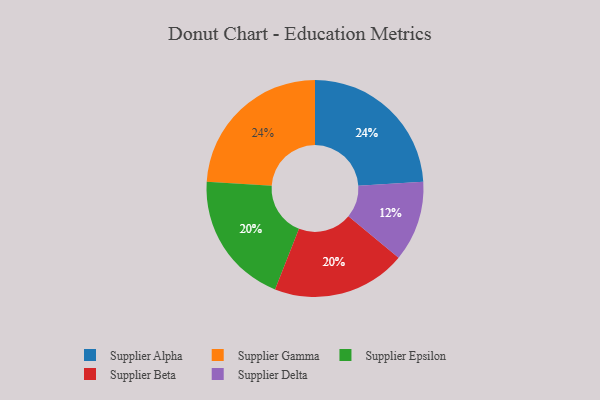
{"axis": {"x": "Category", "y": "Percentage"}, "legend": ["Supplier Alpha", "Supplier Beta", "Supplier Delta", "Supplier Epsilon", "Supplier Gamma"], "data": [{"x": "Supplier Alpha", "y": 24, "type": "Supplier Alpha"}, {"x": "Supplier Epsilon", "y": 20, "type": "Supplier Epsilon"}, {"x": "Supplier Delta", "y": 12, "type": "Supplier Delta"}, {"x": "Supplier Gamma", "y": 24, "type": "Supplier Gamma"}, {"x": "Supplier Beta", "y": 20, "type": "Supplier Beta"}]}